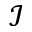
\mathcal { I }